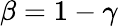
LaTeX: \beta=1-\gamma